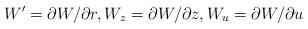
LaTeX: \begin{align*}W'=\partial W/\partial r , W_{z}=\partial W/\partial z , W_{u}=\partial W/\partial u\end{align*}